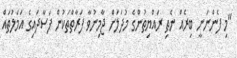
"މި ފެންނަނީ ބިރެއް ނެތި ރައްޔިތުންގެ މުދަލަށް ޖާމިނުވާ ފަރާތްތަކުން ފަސާދައިގެ އަމަލުތައް